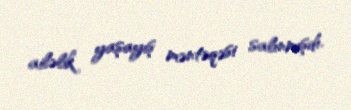
ailəlik yaşayış məntəqəsi salınmışdı.